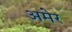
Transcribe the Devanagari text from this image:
अमेर